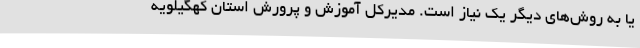
یا به روش‌های دیگر یک نیاز است. مدیرکل آموزش و پرورش استان کهگیلویه